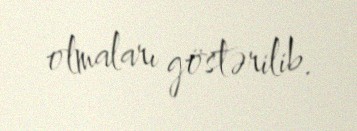
olmaları göstərilib.